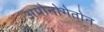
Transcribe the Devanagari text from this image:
अपोनोगेतोन